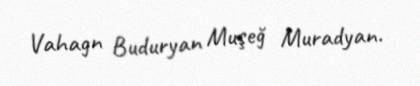
Vahagn Buduryan Muşeğ Muradyan.